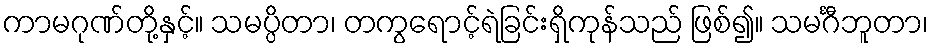
ကာမဂုဏ်တို့နှင့်။ သမပ္ပိတာ၊ တကွရောင့်ရဲခြင်းရှိကုန်သည် ဖြစ်၍။ သမင်္ဂီဘူတာ၊